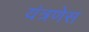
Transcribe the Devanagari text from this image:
यंत्रणेस